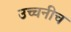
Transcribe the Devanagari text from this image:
उच्चनीच